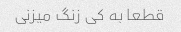
قطعا به کی زنگ میزنی